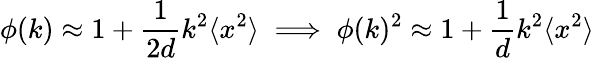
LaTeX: \phi(k)\approx 1+\frac{1}{2d}k^{2}\langle x^{2}\rangle\implies\phi(k)^{2}\approx 1+\frac{1}{d}k^{2}\langle x^{2}\rangle